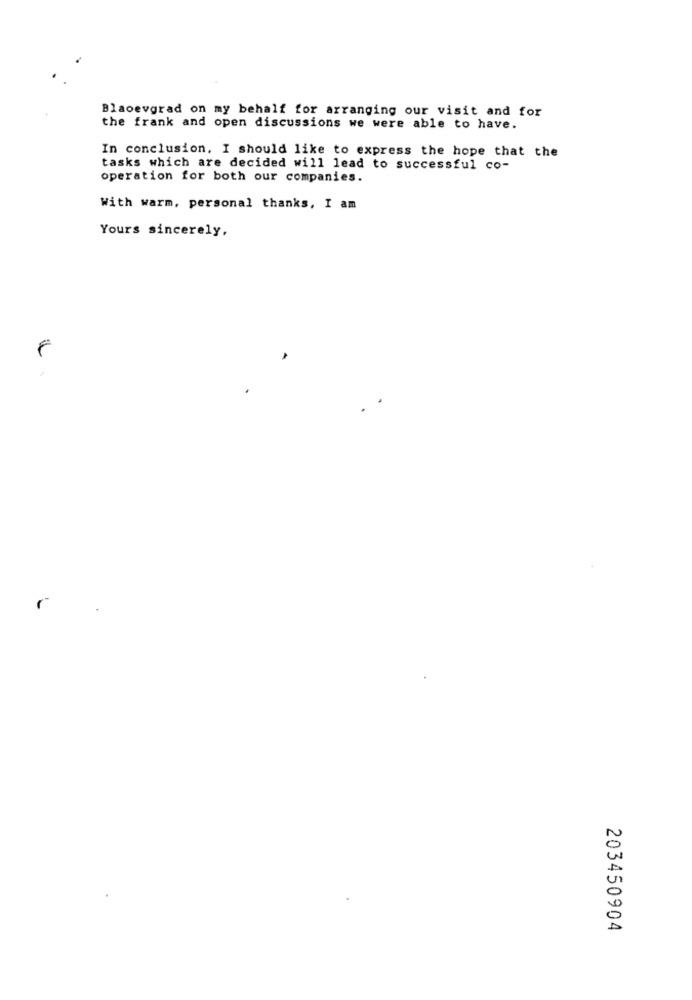
Blaoevgrad on my behalf for arranging our visit and for
the frank and open discussions we were able to have.
In conclusion, I should like to express the hope that the
tasks which are decided will lead to successful co-
operation for both our companies.
With warm, personal thanks, I am
Yours sincerely,
8
203450904